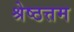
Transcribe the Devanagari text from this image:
श्रेष्ठत्तम